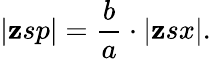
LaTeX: |\mathbf{z}sp|={\frac{{b}}{{a}}}\cdot|\mathbf{z}sx|.